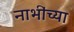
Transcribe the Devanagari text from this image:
नाभींच्या